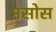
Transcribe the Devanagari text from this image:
मसोस